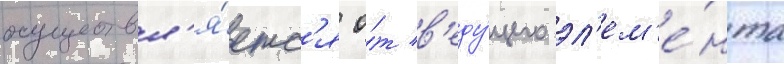
осуществл'я́етс'я о́т в'еду́щего эл'ем'е́нта